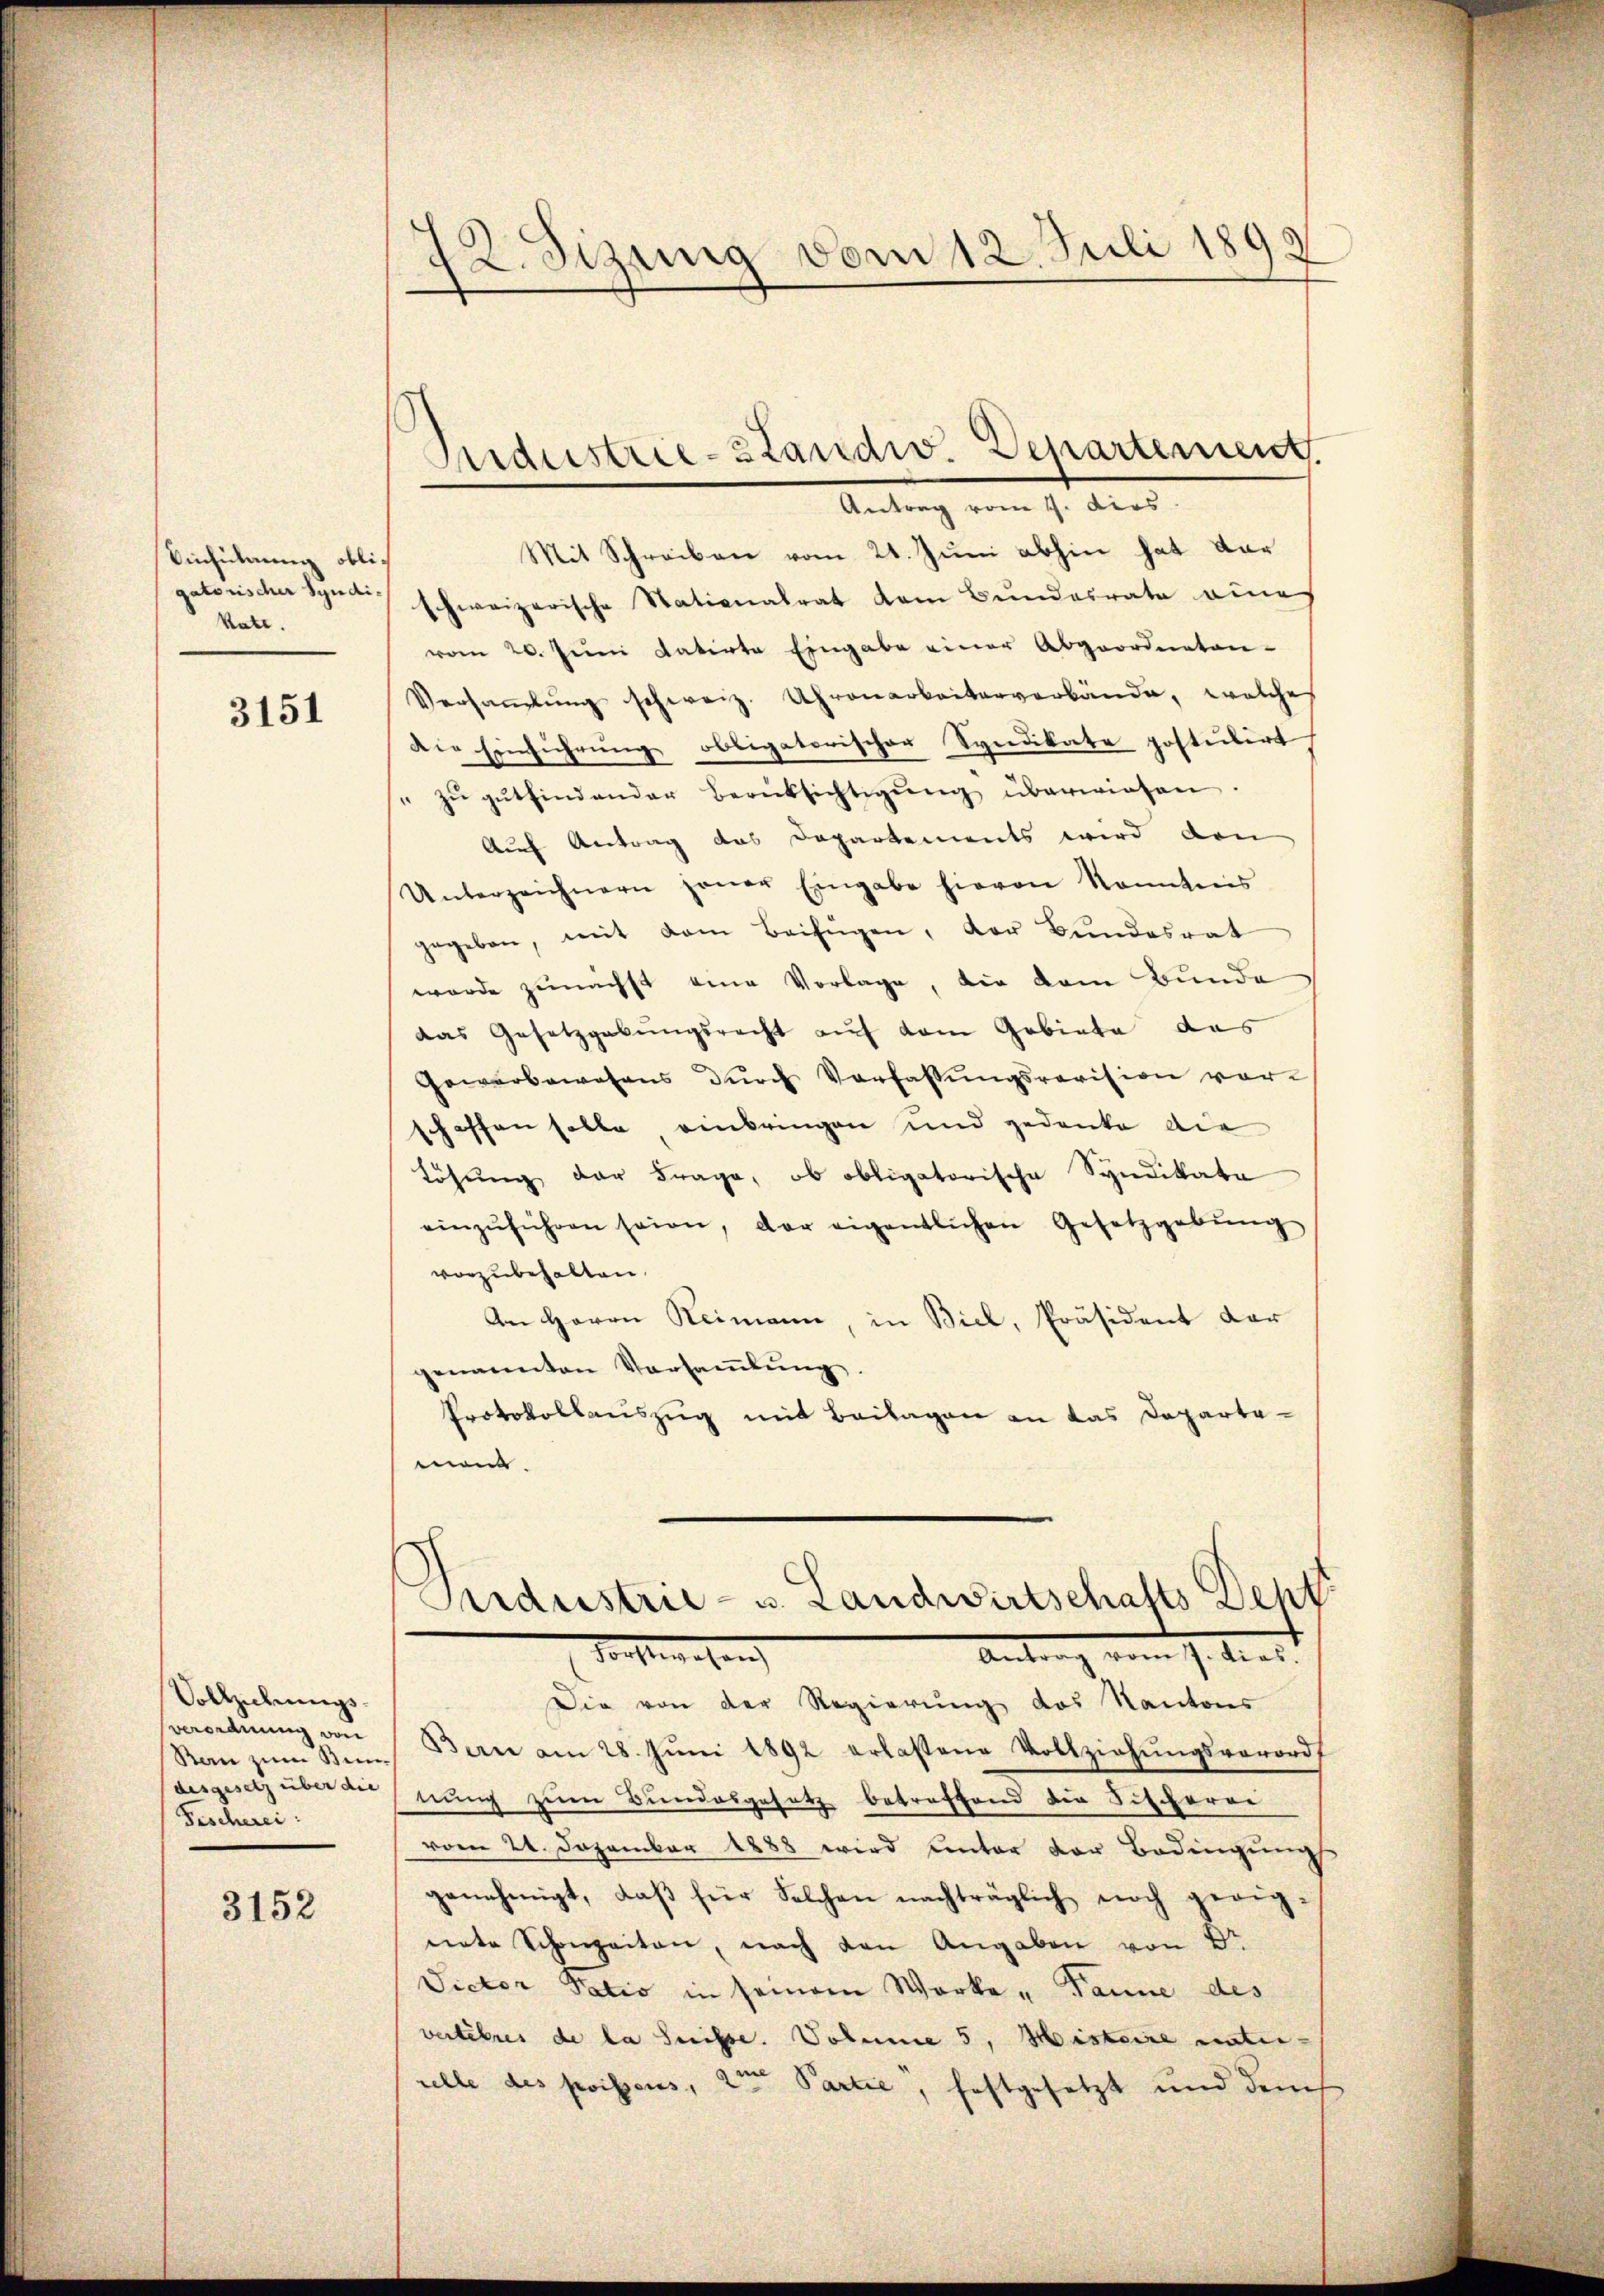
Einführung obligatorischer Syndikate.

3151

Vollziehungsverordnung von
Ran zum Steindesgesetz über die
Fischerei:

3152

12. Sizung vom 12. Juli 1899

Industrie-Bandw. Departement.
Antrag vom 1. dies

Mit Schreiben vom 21. Juni abhin hat dar
schweizerische Stationalrat dem Bundesrate eine
vom 20. Juni datirte Eingabe einer Abgeordneten-
Versaṁlŭng schweiz. Uhrenarbeiterverbände, welches
Die Einführung obligatorischer Syndikate postulirt
" zŭ gŭtfindender Berüksichtigung überwiesen.
Auf Antrag das Departements wird den
Unterzeichnern jener Eingabe hievon konntnis
gegeben, mit dem Beifügen, der Bundesrat
wurde zunächst eine Vorlage, die dem Bunde
das Gesetzgebungsrecht auf dem Gebiete das
Gewerbewesens dŭrch Verfassŭngsrevision vor-
schaffen solle einbringen und gedanke die
Löhŭng der Frage, ob obligatorische Syndikata
einzŭführen seien, der eigentlichen Gesetzgebŭng
vorzubehalten.
An Herrn Reimann, in Biel, Präsident dar
genannten Versaṁlŭng
Protokollauszug mit Beilagen an das Departemen.
Sirdustrie- u. Landwirtschafts Deht
Forstehen
Antrag vom 7. dies
Die von der Regierung des Kantons
Berne am 28. Juni 1892 erlassene Vollziehungsverord
nung zum Bundesgesetz betreffend die Fischerer
vom 21. Dezember 1888 wird unter der Bedingung
genehmigt, daβ für Solchen nachträglich noch geeig-
nete Schanzeiten, nach den Angaben von B.
Sictor Patio in seinem Werke - Tanne des
verteres de la Suisse. Volume 5, Histoire unter-
ulle des prisens, 2ten Partie, festgesetzt und den